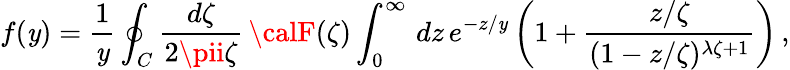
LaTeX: f(\mathit{y})={\frac{{1}}{{\mathit{y}}}}\oint_{C}{\frac{{d\zeta}}{{2\pii\zeta}}}\, {\calF}(\zeta)\int_{0}^{\infty}\, dz\, e^{-z/\mathit{y}}\left(1+{\frac{{z/\zeta}}{{(1-z/\zeta)^{\lambda\zeta+1}}}}\right)\, ,